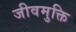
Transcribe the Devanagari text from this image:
जीवमुक्ति